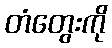
တံတွေးကို